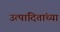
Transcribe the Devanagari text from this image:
उत्पादितांच्या